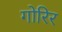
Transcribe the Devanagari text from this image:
गोरिर